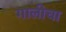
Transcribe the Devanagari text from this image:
गालीचा